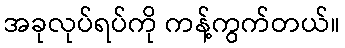
အခုလုပ်ရပ်ကို ကန့်ကွက်တယ်။